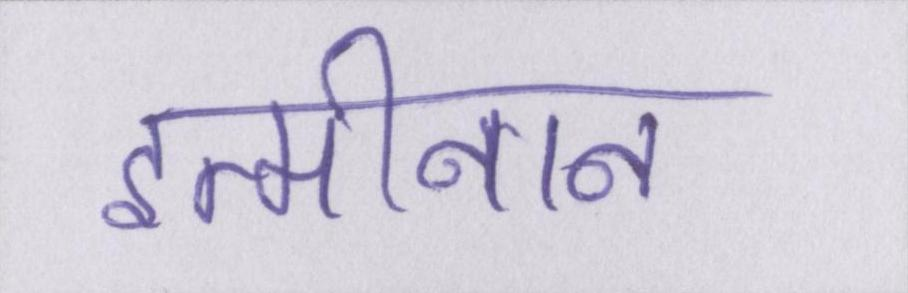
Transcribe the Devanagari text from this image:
इत्मीनान